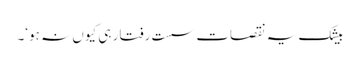
بیشک یہ نقصات سست رفتار ہی کیوں نہ ہو‘۔